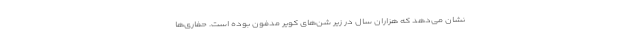
نشان می‌دهد که هزاران سال در زیر شن‌های کویر مدفون بوده است. حفاری‌ها